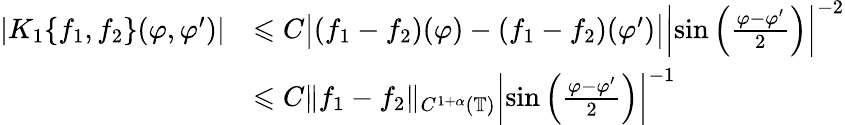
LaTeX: \begin{array}{rl}{|K_{1}\{ f_{1},f_{2}\} (\varphi,\varphi^{\prime})|}&{\leqslant C\big|(f_{1}-f_{2})(\varphi)-(f_{1}-f_{2})(\varphi^{\prime})\big|\left|\sin\left(\frac{\varphi-\varphi^{\prime}}{2}\right)\right|^{-2}}\\ &{\leqslant C\| f_{1}-f_{2}\| _{C^{1+\alpha}(\mathbb{T})}\left|\sin\left(\frac{\varphi-\varphi^{\prime}}{2}\right)\right|^{-1}}\end{array}